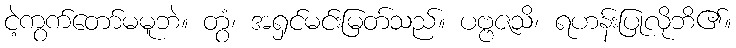
ငဲ့ကွက်တော်မမူဘဲ။ တွံ၊ အရှင်မင်းမြတ်သည်။ ပဗ္ဗဇသိ၊ ရဟန်းပြုလိုဘိ၏။